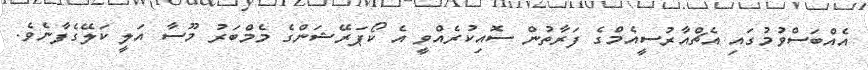
އެއްބަސްވުމުގައި އެޗްއާރުސީއެމްގެ ފަރާތުން ސޮއިކުރެއްވީ އެ ކޯޕަރޭޝަންގެ މެމްބަރު މޫސާ އަލީ ކަލޭގެފާނެވެ.